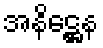
အနိဋ္ဌေန